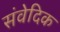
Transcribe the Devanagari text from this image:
संवेदिक